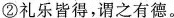
②礼乐皆得，谓之有德。